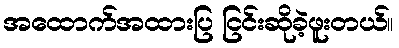
အထောက်အထားပြ ငြင်းဆိုခဲ့ဖူးတယ်။